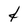
Character: 4